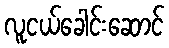
လူငယ်ခေါင်းဆောင်